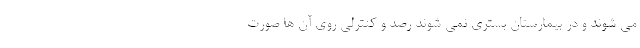
می شوند و در بیمارستان بستری نمی شوند رصد و کنترلی روی آن ها صورت